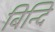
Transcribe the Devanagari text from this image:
बिन्दि